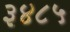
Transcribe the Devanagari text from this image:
३४८५